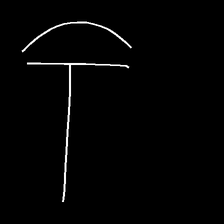
Glyph: dispersion